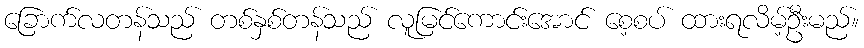
ခြောက်လတန်သည် တစ်နှစ်တန်သည် လူမြင်ကောင်းအောင် စေ့စပ် ထားရလိမ့်ဦးမည်။